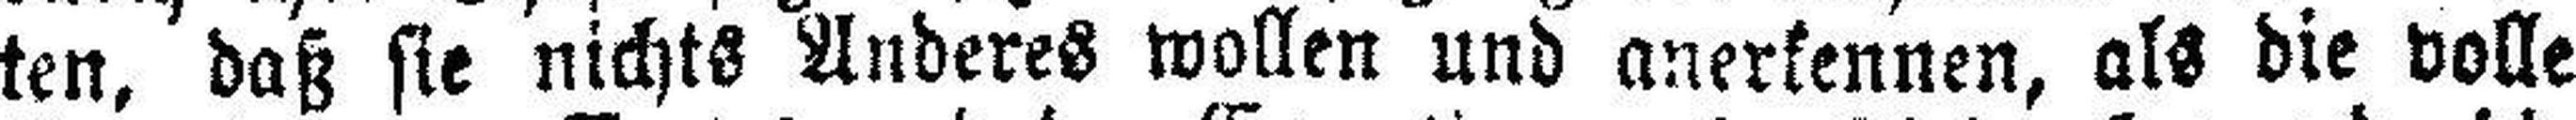
ten, daß sie nichts Anderes wollen und anerkennen, als die volle